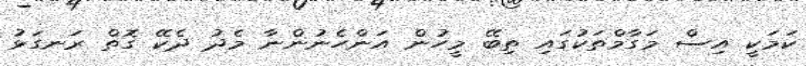
ކަމަކީ އިސް މަގާމްތަކުގައި ތިބޭ މީހުން އަންހެނުންނާ މެދު ދެކޭ ގޮތް ރަނގަޅު